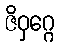
ဇိဝှဂ္ဂေ